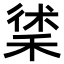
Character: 𥟲